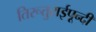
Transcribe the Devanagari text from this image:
तिरूतुराईपून्दी